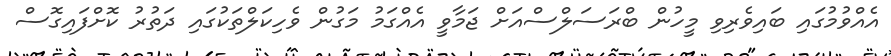
އެއްވުމުގައި ބައިވެރިވި މީހުން ބްރަސަލްސްއަށް ޖަމާވީ އެއްގަމު މަގުން ވެހިކަލްތަކުގައި ދަތުރު ކޮށްފައިގޮސް